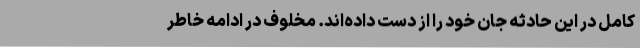
کامل در این حادثه جان خود را از دست داده‌اند. مخلوف در ادامه خاطر